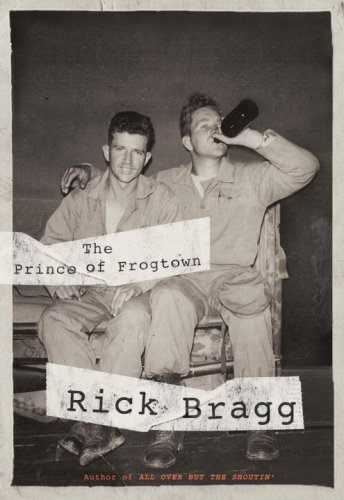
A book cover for The Prince of Frogtown; Rick Bragg; Biographies & Memoirs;